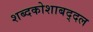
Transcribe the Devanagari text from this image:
शब्दकोशाबद्दल